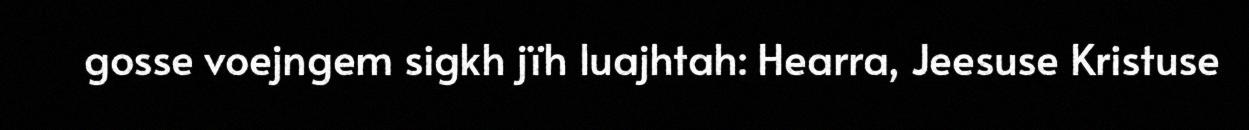
gosse voejngem sigkh jïh luajhtah: Hearra, Jeesuse Kristuse